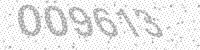
Solution: 009613